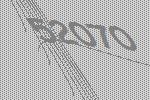
52070